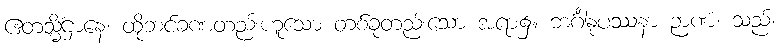
ဧတသ္မိံဌာနေ၊ ထိုဘင်ခဏတည်းဟူသော တစ်ခုတည်းသော အရာ၌။ ဘင်္ဂါနုပဿနာ ဉာဏံ၊ သည်။